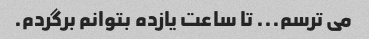
می ترسم... تا ساعت یازده بتوانم برگردم.